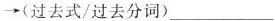
\rightarrow(过去式/过去分词)___